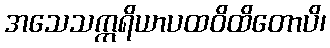
အသေသဣရိယာပထဝိထိတောပိ၊